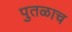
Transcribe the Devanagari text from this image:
पुतळाच